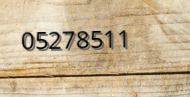
05278511